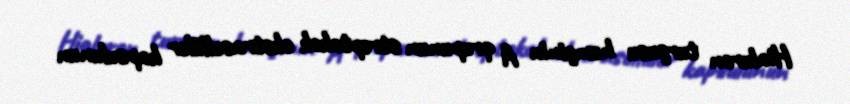
Hialuron turşusu həmçinin A qrupunun streptokok ekstrasellüler kapsulunun